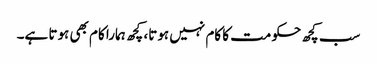
سب کچھ حکومت کا کام نہیں ہوتا، کچھ ہمارا کام بھی ہوتا ہے۔